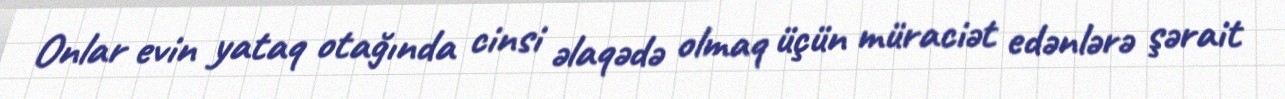
Onlar evin yataq otağında cinsi əlaqədə olmaq üçün müraciət edənlərə şərait